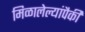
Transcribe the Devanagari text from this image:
मिळालेल्यांपैकी